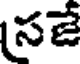
సజే